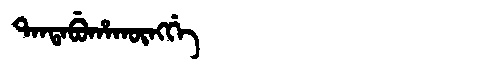
Manchu: ᡨᠠᠨᡨᠠᠪᡠᡥᠠᡴᡡᠩᡤᡝ
Romanization: TANTABUHAKŪNGGE